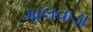
ગાલવાડા